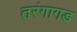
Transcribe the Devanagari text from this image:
तरंगागड